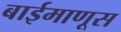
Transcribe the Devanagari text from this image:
बाईमाणूस